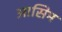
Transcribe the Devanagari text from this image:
आसिम